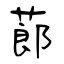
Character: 蓈